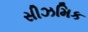
સીઝમિક